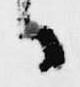
日